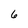
Character: 6